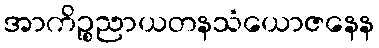
အာကိဉ္စညာယတနသံယောဇနေန